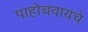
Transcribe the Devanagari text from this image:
पाहोचवायचे